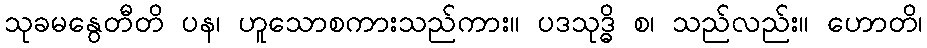
သုခမနွေတီတိ ပန၊ ဟူသောစကားသည်ကား။ ပဒသုဒ္ဓိ စ၊ သည်လည်း။ ဟောတိ၊